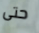
حتى